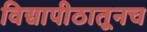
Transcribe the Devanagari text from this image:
विद्यापीठातूनच